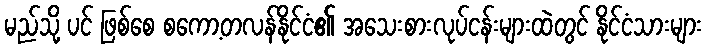
မည်သို့ ပင် ဖြစ်စေ စကော့တလန်နိုင်ငံ၏ အသေးစားလုပ်ငန်းများထဲတွင် နိုင်ငံသားများ